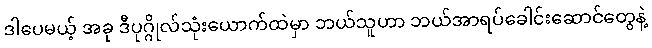
ဒါပေမယ့် အခု ဒီပုဂ္ဂိုလ်သုံးယောက်ထဲမှာ ဘယ်သူဟာ ဘယ်အာရပ်ခေါင်းဆောင်တွေနဲ့